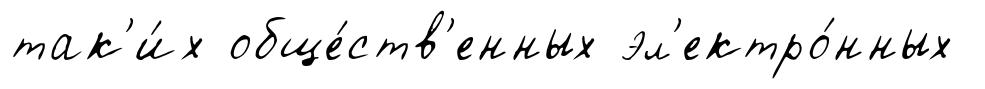
так'и́х обще́ств'енных эл'ектро́нных